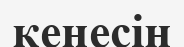
кеңесін